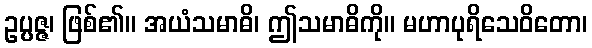
ဥပ္ပဇ္ဇ၊ ဖြစ်၏။ အယံသမာဓိ၊ ဤသမာဓိကို။ မဟာပုရိသေဝိတော၊